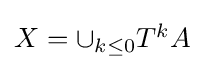
{\textstyle X=\cup _{k\leq 0}T^{k}A}